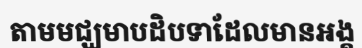
តាមមជ្ឃមាបដិបទាដែលមានអង្គ